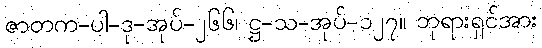
ဇာတက-ပါ-ဒု-အုပ်-၂၆၆၊ ဋ္ဌ-သ-အုပ်-၁၂၇။ ဘုရားရှင်အား